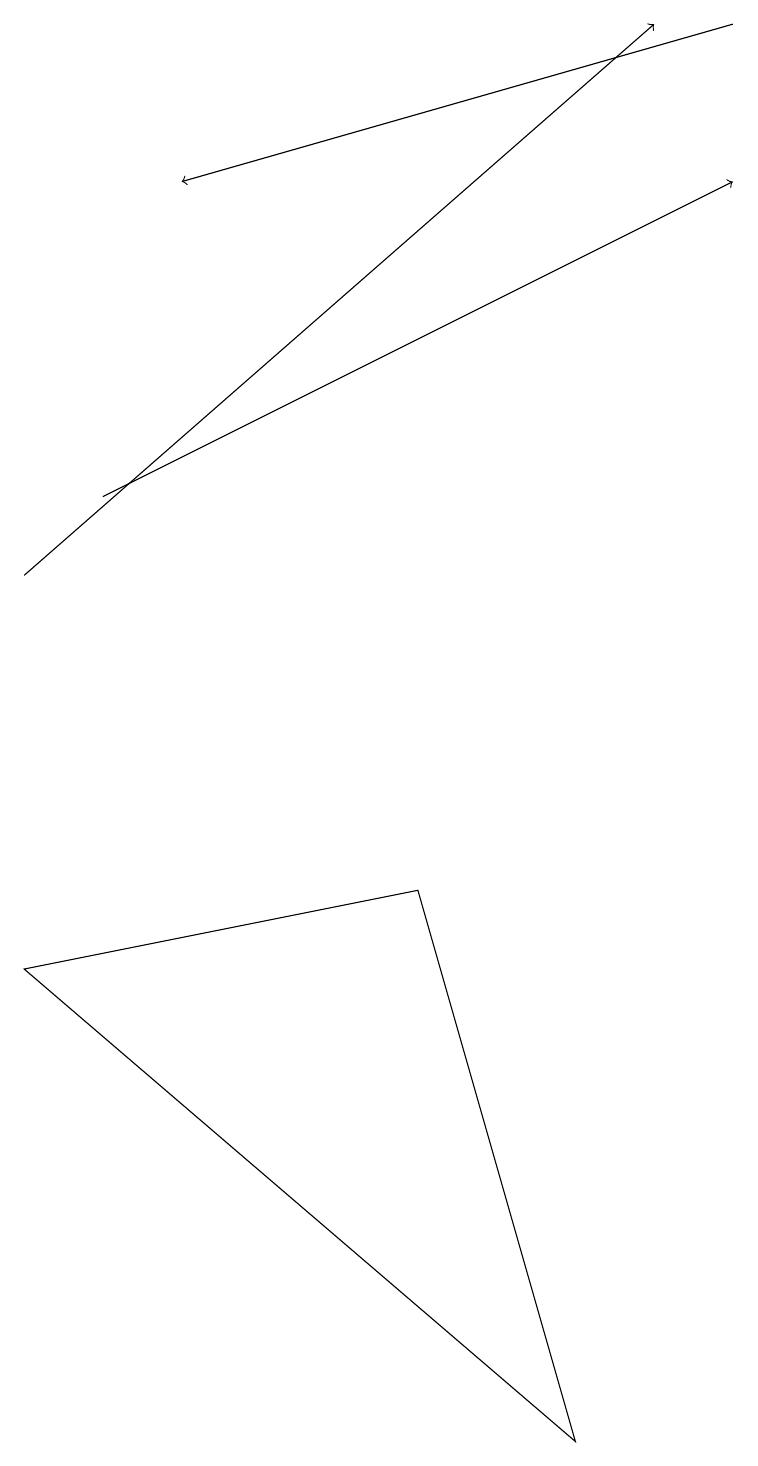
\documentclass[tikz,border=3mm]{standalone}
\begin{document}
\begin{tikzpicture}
\draw[->] (1,13) -- (9,17);
\draw (5,8) -- (7,1) -- (0,7) -- cycle;
\draw[->] (0,12) -- (8,19);
\draw[->] (9,19) -- (2,17);
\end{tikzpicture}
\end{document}